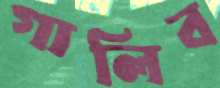
গালিব